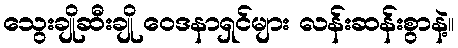
သွေးချိုဆီးချို ဝေဒနာရှင်များ လန်းဆန်းစွာနဲ့။